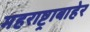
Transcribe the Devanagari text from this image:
महराष्ट्राबाहेर